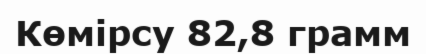
Көмірсу 82,8 грамм